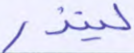
لينذر